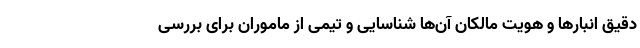
دقیق انبارها و هویت مالکان آن‌ها شناسایی و تیمی از ماموران برای بررسی